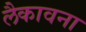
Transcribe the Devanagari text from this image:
लैकावना